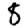
Digit: 8